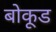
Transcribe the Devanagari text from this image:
बोकूड